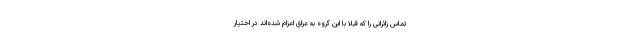
تماس زائرانی را که قبلا با این گروه به عراق اعزام شده‌اند در اختیار